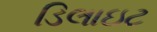
ડિલાઇટ